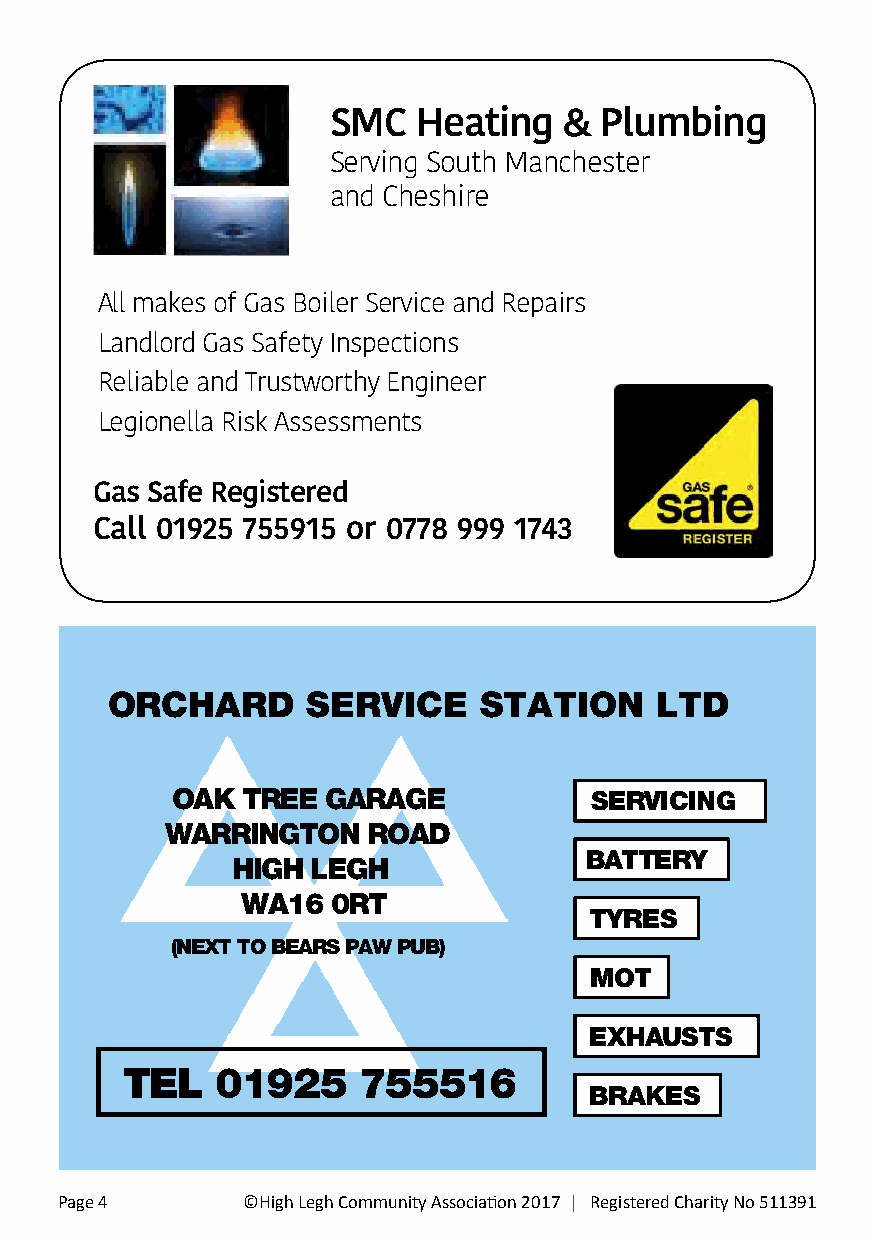
SMC   Heating  &  Plumbing
 Serving South Manchester
 and Cheshire
 All makes of Gas Boiler Service and Repairs
 Landlord Gas Safety Inspections
 Reliable and Trustworthy Engineer
 Legionella Risk Assessments
 Gas Safe Registered
 Call 01925 755915 or 0778 999 1743
 ORCHARD      SERVICE     STATION    LTD
 OAK  TREE GARAGE            SERVICING
 WARRINGTON   ROAD
 BATTERY
 HIGH  LEGH
 WA16  0RT
 TYRES
 (NEXT TO BEARS PAW PUB)
 MOT
 EXHAUSTS
 TEL   01925     755516
 BRAKES
 Page 4      ©High Legh Community Association 2017 | Registered Charity No 511391 ©High Legh Community Association 2017 | Registered Charity No 511391 Page 5